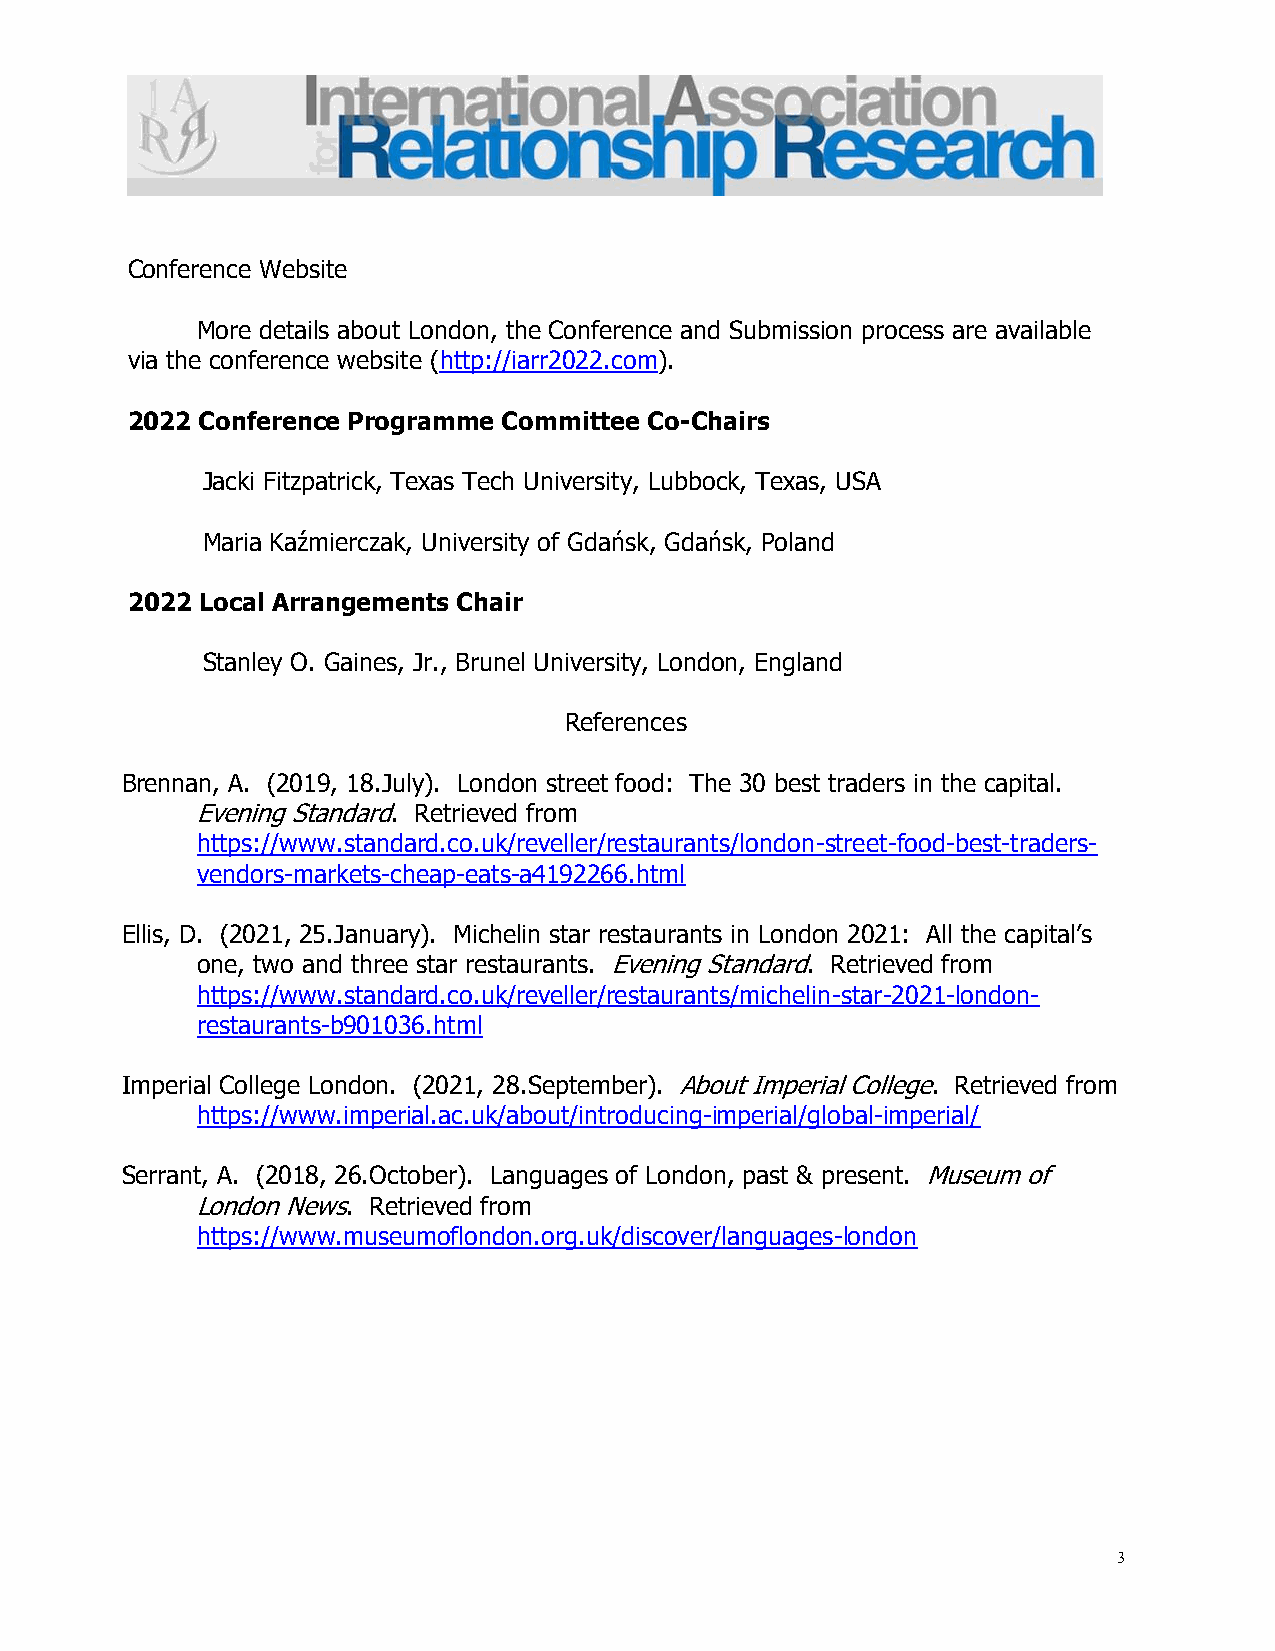
Conference Website
 More details about London, the Conference and Submission process are available
 via the conference website (http://iarr2022.com).
 2022 Conference Programme Committee Co-Chairs
 Jacki Fitzpatrick, Texas Tech University, Lubbock, Texas, USA
 Maria Kaźmierczak, University of Gdańsk, Gdańsk, Poland
 2022 Local Arrangements Chair
 Stanley O. Gaines, Jr., Brunel University, London, England
 References
 Brennan, A. (2019, 18.July). London street food: The 30 best traders in the capital.
 Evening Standard. Retrieved from
 https://www.standard.co.uk/reveller/restaurants/london-street-food-best-traders-
 vendors-markets-cheap-eats-a4192266.html
 Ellis, D. (2021, 25.January). Michelin star restaurants in London 2021: All the capital’s
 one, two and three star restaurants. Evening Standard. Retrieved from
 https://www.standard.co.uk/reveller/restaurants/michelin-star-2021-london-
 restaurants-b901036.html
 Imperial College London. (2021, 28.September). About Imperial College. Retrieved from
 https://www.imperial.ac.uk/about/introducing-imperial/global-imperial/
 Serrant, A. (2018, 26.October). Languages of London, past & present. Museum of
 London News. Retrieved from
 https://www.museumoflondon.org.uk/discover/languages-london
 3